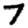
Digit: 7